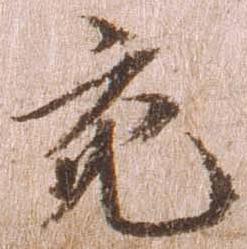
宛